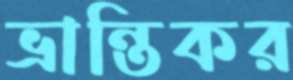
ভ্রান্তিকর